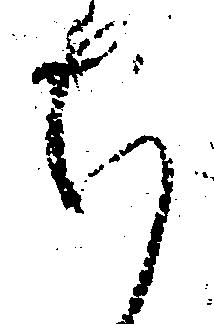
ち